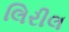
લિરીલ